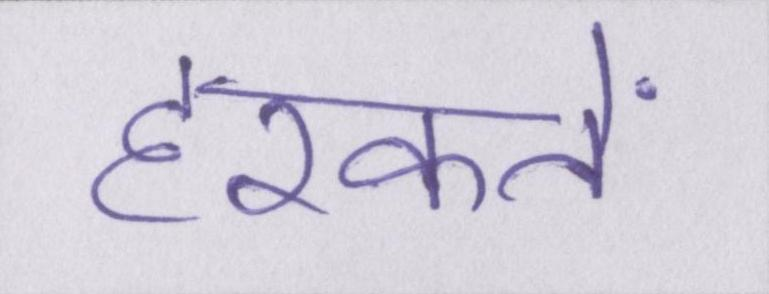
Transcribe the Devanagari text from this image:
हरकतें